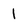
Character: 1